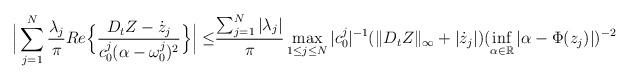
LaTeX: \begin{align*}\Big|\sum_{j=1}^N \frac{\lambda_j}{\pi} Re\Big\{ \frac{D_tZ-\dot{z}_j}{c_0^j(\alpha-\omega_0^j)^2}\Big\}\Big|\leq & \frac{\sum_{j=1}^N |\lambda_j| }{\pi}\max_{1\leq j\leq N}|c_0^j|^{-1}(\|D_tZ\|_{\infty}+|\dot{z}_j|)(\inf_{\alpha\in \mathbb{R}}|\alpha-\Phi(z_j)|)^{-2}\end{align*}